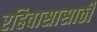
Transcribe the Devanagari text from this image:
रहिवासासाठी